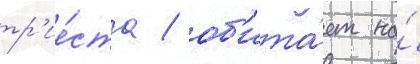
тр'ие́ста / об'ита́ет на́